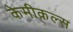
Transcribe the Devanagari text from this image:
केमीक़ल्स